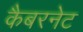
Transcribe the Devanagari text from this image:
कैबरनेट